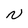
Character: N